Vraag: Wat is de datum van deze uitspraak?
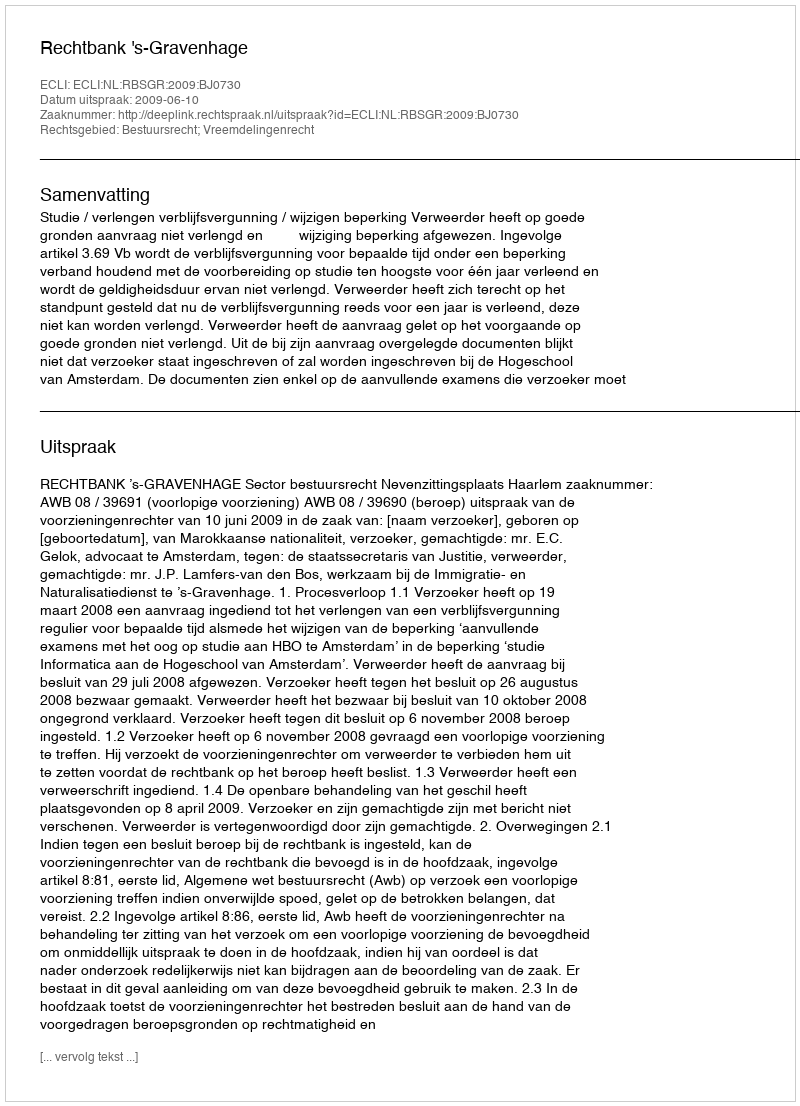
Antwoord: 2009-06-10